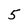
Character: 5